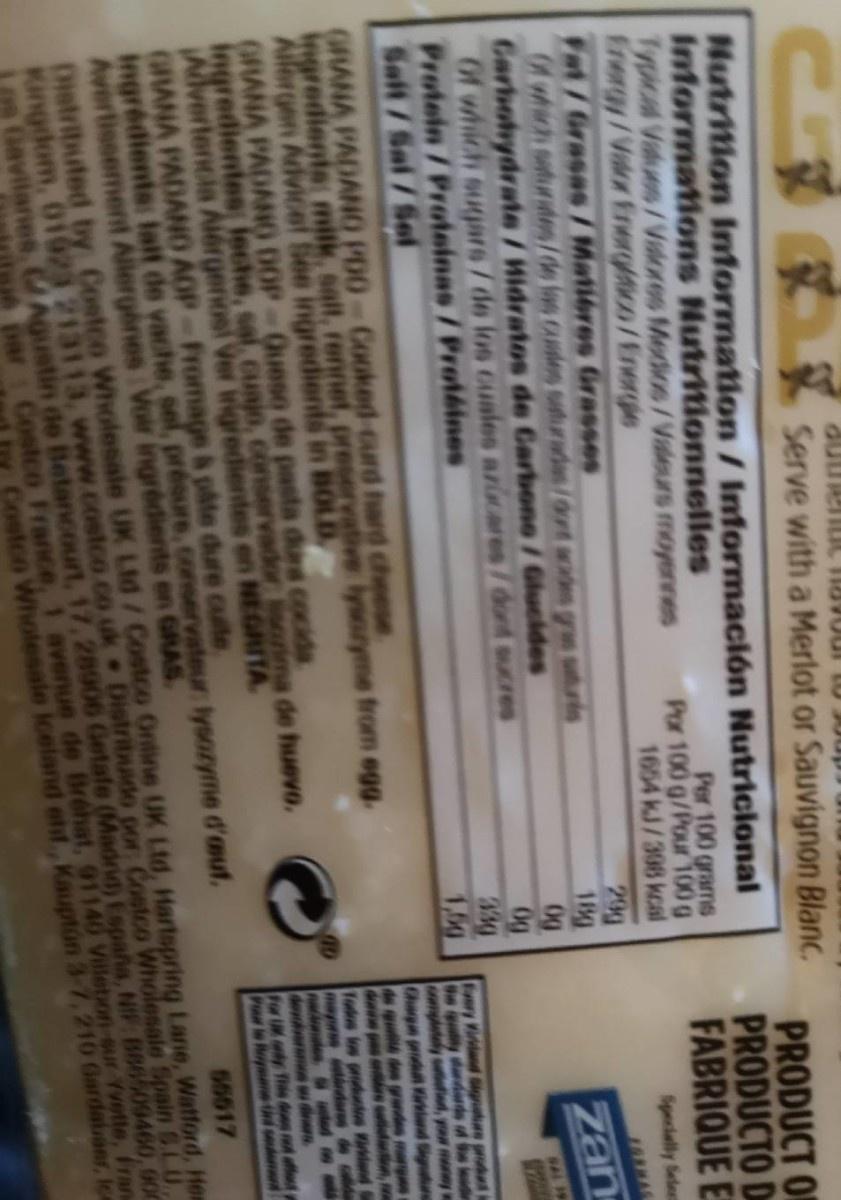
Serve with a Merlot or Sauvignon Blanc. 2130uaunne Nutrition Information / Información Nutricional Informations Nutritionnelles Typical Values/Valores Medios/Vdeurs moyennes frergy/Valor Energtico/Energle Fat/Grasas/ Matieres Grasses Of whach saurdes/de las custes saturades/ot aaden grm uturis Garbohydrate / Widratos de Carbono / Glucides Of which sugars/de los cuales azicares/dont sucres Protein/Proteinas / Protáines Salt/Sal/Sel PRODUCT O PRODUCTO D FABRIQUE E Per 100 grams Por 100 g/Pour 100 g 1654 kJ/398 kcal 29g 18g og 0g Specially Selecn zan SAL 19 Eery Vindnd igakan prohut We y anderds of e e mp sd, yo mey Chargn prod ind de qu des grnde 1,6g GRANA PADAN0 PD0-Cooked-curd hard cheese ingredients milk, salt, rennet, preservative lysonyme from egg. Allergen Advicelf See ingredients in BOLD GRANA PADANO 0D0P-Quese de pasta dura cocids ingredientes leche, sal cuajo, Alvertencia Alérgenosi Ver inigredientes GRANA PADANO AOP-Fromage & pate dure cute ingrédients: lalf de vache, sel, présure, conservateur lysozyme d'aut. Avertissement Allergenes Voir ingrédients en GRAS. Distributed by Costco Wholesale UK Ltd/Costco Ontine UK Ltd, Hartspring Lane, Watford, Hea Kingdom, 01923 213113, www.costco.co uk Distribuado por Costco Wholesale Spain 6.LU Gavilanes, Agustin de Betancourt, 17, 28906 Getafe (Madrid) España, NIF B86509460, 00 Fodos los produles Vilen Faps tdre ervador rima de huevo. NEGRITA deke For L This does ffect F le Heip Hhi seulemen 55617 Costco France, 1 avenue de Bréhat, 91140 Villebon-sur Yvette, Fran Costco Wholesale iceland ett, Kauptún 3-7,210 Gardabaer, ice Dar